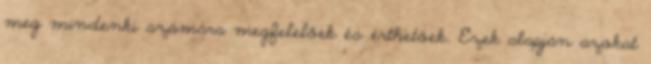
meg mindenki számára megfelelőek és érthetőek. Ezek alapján azokat